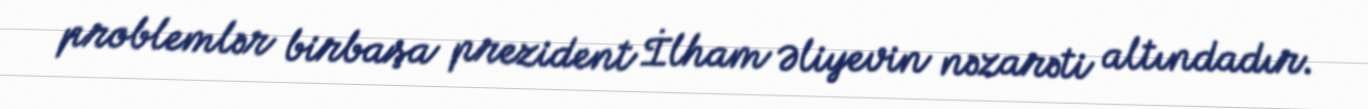
problemlər birbaşa prezident İlham Əliyevin nəzarəti altındadır.